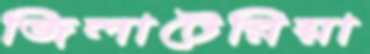
জিলাটেরিয়া